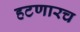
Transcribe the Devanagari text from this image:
हटणारच